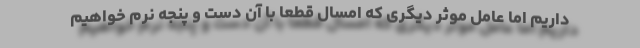
داریم اما عامل موثر دیگری که امسال قطعا با آن دست و پنجه نرم خواهیم